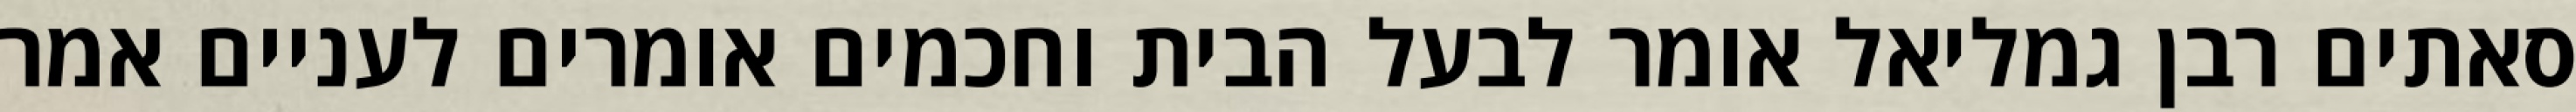
סאתים רבן גמליאל אומר לבעל הבית וחכמים אומרים לעניים אמר